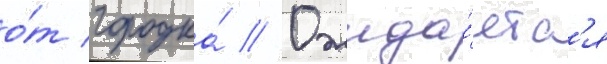
о́т городка́ // Ожида́етс'я